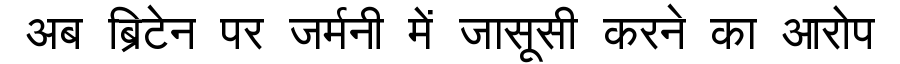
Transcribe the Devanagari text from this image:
अब ब्रिटेन पर जर्मनी में जासूसी करने का आरोप